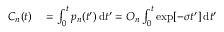
\begin{array} { r l } { C _ { n } ( t ) } & { { } = \int _ { 0 } ^ { t } p _ { n } ( t ^ { \prime } ) \, \mathrm { d } t ^ { \prime } = O _ { n } \int _ { 0 } ^ { t } \exp [ - \sigma t ^ { \prime } ] \, \mathrm { d } t ^ { \prime } } \end{array}